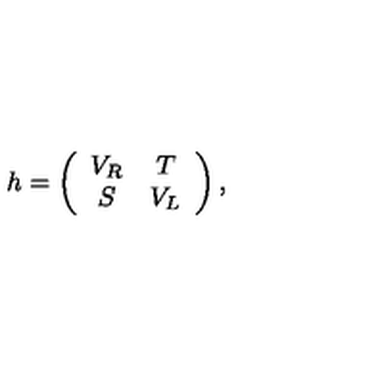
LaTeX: h = \left( \begin{array} { c c } { V _ { R } } & { T } \\ { S } & { V _ { L } } \\ \end{array} \right) ,